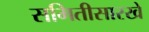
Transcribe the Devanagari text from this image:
समितीसारखे